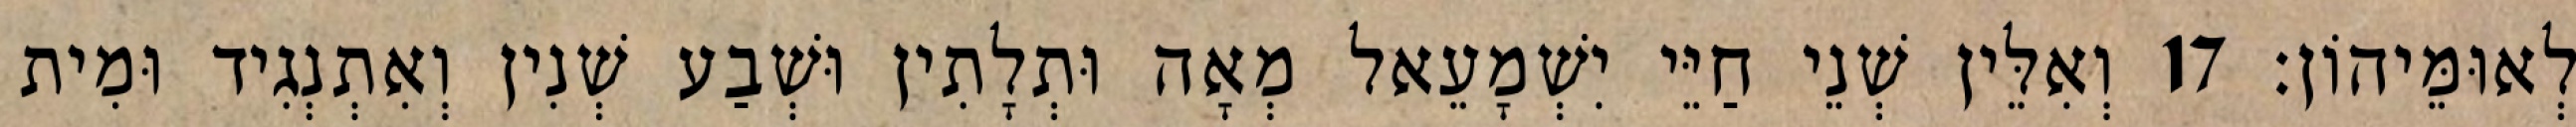
לְאוּמֵּיהוֹן׃ 17 וְאִלֵּין שְׁנֵי חַיֵּי יִשְׁמָעֵאל מְאָה וּתְלָתִין וּשְׁבַע שְׁנִין וְאִתְנְגִיד וּמִית